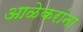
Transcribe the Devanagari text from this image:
आळेकरांना